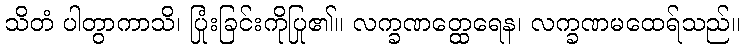
သိတံ ပါတွာကာသိ၊ ပြုံးခြင်းကိုပြု၏။ လက္ခဏတ္ထေရေန၊ လက္ခဏမထေရ်သည်။